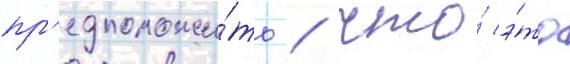
пр'едположи́ть / что́ э́то